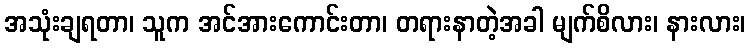
အသုံးချရတာ၊ သူက အင်အားကောင်းတာ၊ တရားနာတဲ့အခါ မျက်စိလား၊ နားလား၊